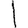
Digit: 1